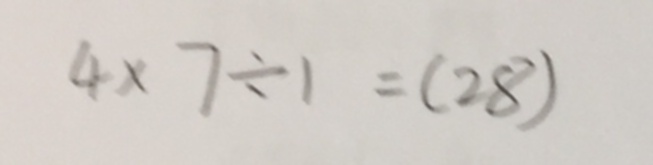
4 \times 7 \div 1 = ( 2 8 )